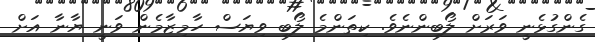
ގެންގުޅެނީ ވަރަށް ލޯބިންނެވެ. ކިތަންމެ ލޯބި ވިޔަސް ހާމިޒާމެން ވަނީ ޔާނާ އަށް